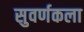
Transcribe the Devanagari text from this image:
सुवर्णकला